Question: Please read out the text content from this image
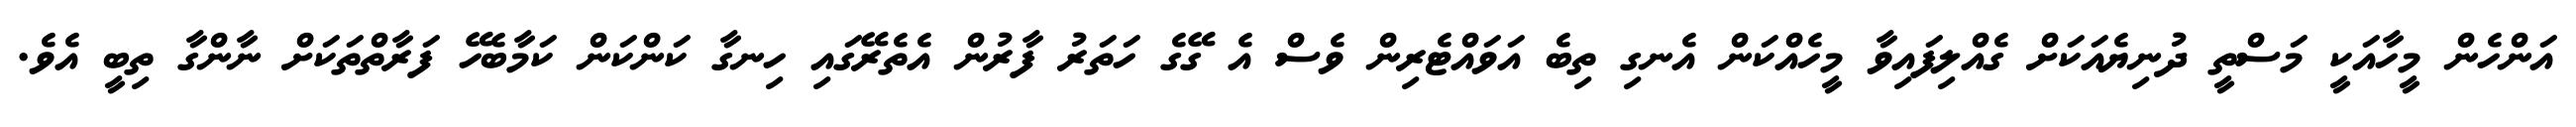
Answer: އަންހެން މީހާއަކީ މަސްތީ ދުނިޔެއަކަށް ގެއްލިފައިވާ މީހެއްކަން އެނގި ތިބެ އަވައްޓެރިން ވެސް އެ ގޭގެ ހަތަރު ފާރުން އެތެރޭގައި ހިނގާ ކަންކަން ކަމާބެހޭ ފަރާތްތަކަށް ނާންގާ ތިބީ އެވެ.